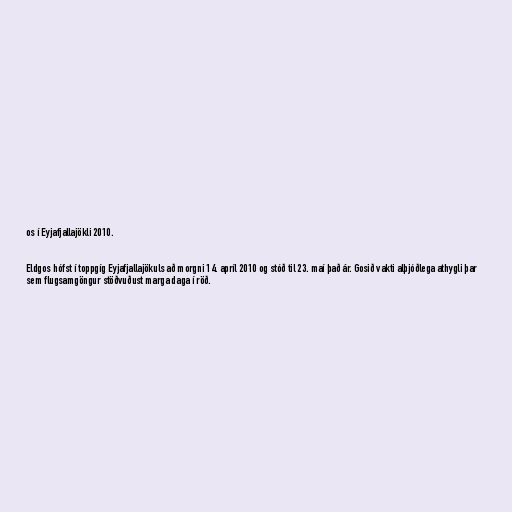
os í Eyjafjallajökli 2010.

Eldgos hófst í toppgíg Eyjafjallajökuls að morgni 14. apríl 2010 og stóð til 23. maí það ár. Gosið vakti alþjóðlega athygli þar
sem flugsamgöngur stöðvuðust marga daga í röð.